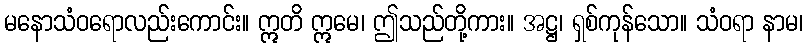
မနောသံဝရောလည်းကောင်း။ ဣတိ ဣမေ၊ ဤသည်တို့ကား။ အဋ္ဌ၊ ရှစ်ကုန်သော။ သံဝရာ နာမ၊